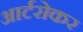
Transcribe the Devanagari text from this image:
आर्टरोकर